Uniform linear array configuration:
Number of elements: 16
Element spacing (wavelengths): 0.75
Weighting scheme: blackman
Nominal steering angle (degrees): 0
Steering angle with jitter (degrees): -1.509
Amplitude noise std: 0.05
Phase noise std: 0.05

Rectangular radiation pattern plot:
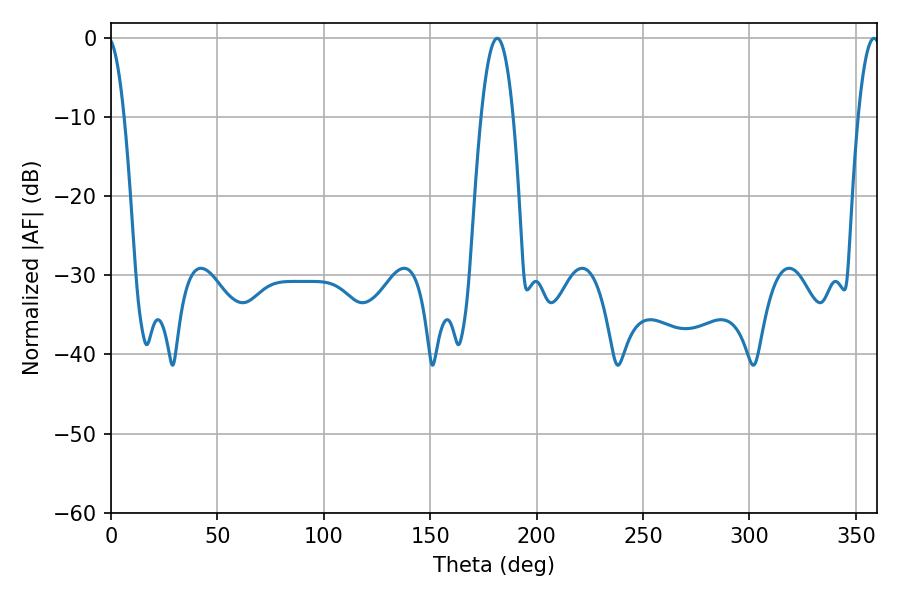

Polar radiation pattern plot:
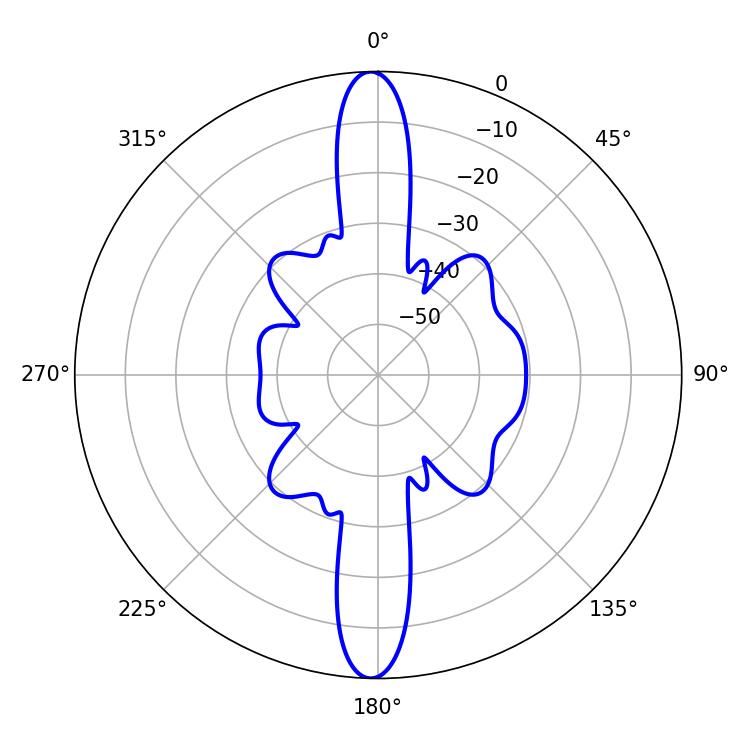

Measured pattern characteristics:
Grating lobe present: TRUE
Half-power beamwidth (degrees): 8.28
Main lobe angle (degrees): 181.44